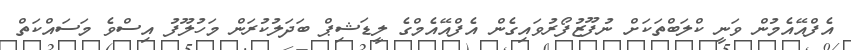
އެފްއޭއެމުން ވަނީ ކްލަބްތަކަށް ނުފޫޒުފޯރުވައިގެން އެފްއޭއެމްގެ ލީޑަޝިޕް ބަދަލުކުރަން މަހުލޫފު އިސްވެ މަސައްކަތް